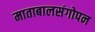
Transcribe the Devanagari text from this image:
माताबालसंगोपन